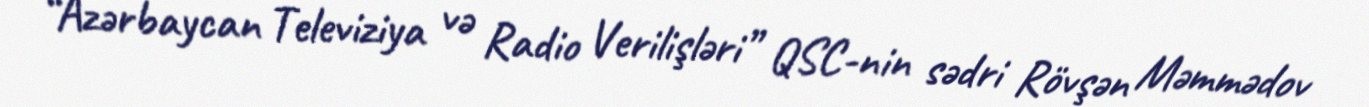
“Azərbaycan Televiziya və Radio Verilişləri” QSC-nin sədri Rövşən Məmmədov